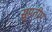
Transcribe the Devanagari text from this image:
सुप्रतीप